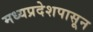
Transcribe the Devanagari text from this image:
मध्यप्रदेशपासून